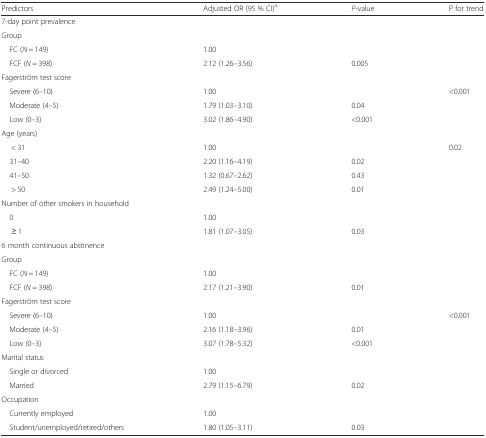
<table><thead><tr><td><b>Predictors</b></td><td><b>Adjusted OR (95 % CI)<sup>a</sup></b></td><td><b><i>P</i>-value</b></td><td><b>P for trend</b></td></tr></thead><tbody><tr><td>7-day point prevalence</td><td></td><td></td><td></td></tr><tr><td>Group</td><td></td><td></td><td></td></tr><tr><td> FC (<i>N</i> = 149)</td><td>1.00</td><td></td><td></td></tr><tr><td> FCF (<i>N</i> = 398)</td><td>2.12 (1.26–3.56)</td><td>0.005</td><td></td></tr><tr><td>Fagerström test score</td><td></td><td></td><td></td></tr><tr><td> Severe (6–10)</td><td>1.00</td><td></td><td>&lt;0.001</td></tr><tr><td> Moderate (4–5)</td><td>1.79 (1.03–3.10)</td><td>0.04</td><td></td></tr><tr><td> Low (0–3)</td><td>3.02 (1.86–4.90)</td><td>&lt;0.001</td><td></td></tr><tr><td>Age (years)</td><td></td><td></td><td></td></tr><tr><td>&lt; 31</td><td>1.00</td><td></td><td>0.02</td></tr><tr><td> 31–40</td><td>2.20 (1.16–4.19)</td><td>0.02</td><td></td></tr><tr><td> 41–50</td><td>1.32 (0.67–2.62)</td><td>0.43</td><td></td></tr><tr><td>&gt; 50</td><td>2.49 (1.24–5.00)</td><td>0.01</td><td></td></tr><tr><td>Number of other smokers in household</td><td></td><td></td><td></td></tr><tr><td> 0</td><td>1.00</td><td></td><td></td></tr><tr><td>≥ 1</td><td>1.81 (1.07–3.05)</td><td>0.03</td><td></td></tr><tr><td>6 month continuous abstinence</td><td></td><td></td><td></td></tr><tr><td>Group</td><td></td><td></td><td></td></tr><tr><td> FC (<i>N</i> = 149)</td><td>1.00</td><td></td><td></td></tr><tr><td> FCF (<i>N</i> = 398)</td><td>2.17 (1.21–3.90)</td><td>0.01</td><td></td></tr><tr><td>Fagerström test score</td><td></td><td></td><td></td></tr><tr><td> Severe (6–10)</td><td>1.00</td><td></td><td>&lt;0.001</td></tr><tr><td> Moderate (4–5)</td><td>2.16 (1.18–3.96)</td><td>0.01</td><td></td></tr><tr><td> Low (0–3)</td><td>3.07 (1.78–5.32)</td><td>&lt;0.001</td><td></td></tr><tr><td>Marital status</td><td></td><td></td><td></td></tr><tr><td> Single or divorced</td><td>1.00</td><td></td><td></td></tr><tr><td> Married</td><td>2.79 (1.15–6.79)</td><td>0.02</td><td></td></tr><tr><td>Occupation</td><td></td><td></td><td></td></tr><tr><td> Currently employed</td><td>1.00</td><td></td><td></td></tr><tr><td> Student/unemployed/retired/others</td><td>1.80 (1.05–3.11)</td><td>0.03</td><td></td></tr></tbody></table>